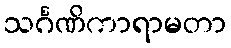
သင်္ဂဏိကာရာမတာ